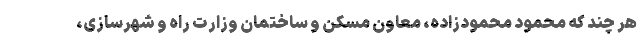
هر چند که محمود محمودزاده، معاون مسکن و ساختمان وزارت راه و شهرسازی،